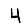
Digit: 4